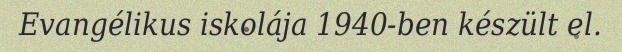
Evangélikus iskolája 1940-ben készült el.